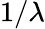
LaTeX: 1/\lambda